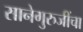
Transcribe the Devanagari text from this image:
सानेगुरुजींचा